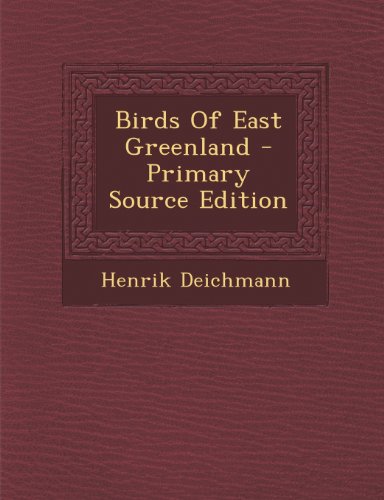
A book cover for Birds Of East Greenland; Henrik Deichmann; History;